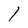
Character: 1